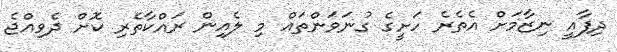
ދިފާއީ ނިޒާމަށް އެތެރެ ހަށީގެ ގުނަވަންތައް މި ލެއިން ރައްކާތެރި ކޮށް ދެވިއްޖެ